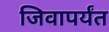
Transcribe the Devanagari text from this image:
जिवापर्यंत